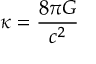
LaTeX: \kappa = { \frac { 8 \pi G } { c ^ { 2 } } }